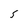
Character: 5